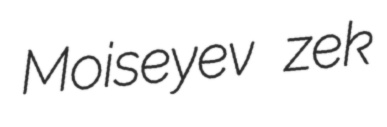
Moiseyev zek